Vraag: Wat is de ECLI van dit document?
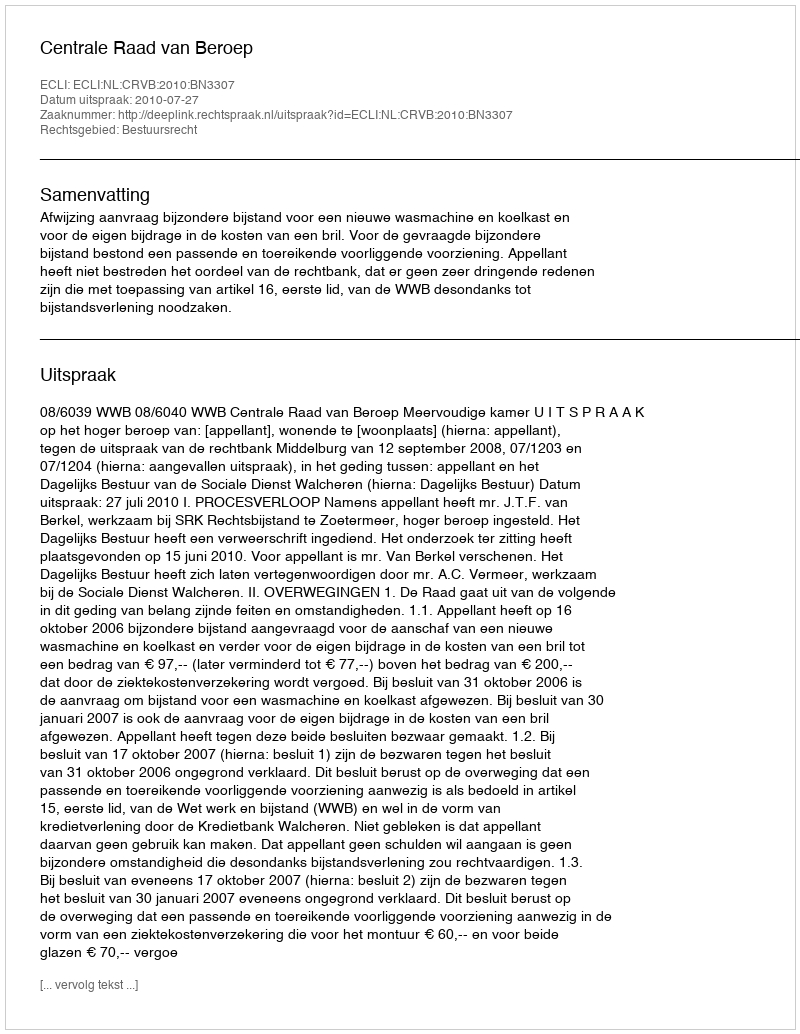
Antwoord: ECLI:NL:CRVB:2010:BN3307